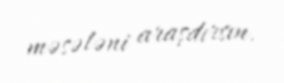
məsələni araşdırsın.